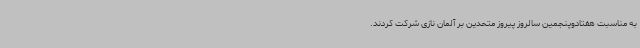
به مناسبت هفتادوپنجمین سالروز پیروز متحدین بر آلمان نازی شرکت کردند.